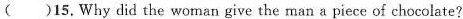
( )15. Why did the woman give the man a piece of chocolate?